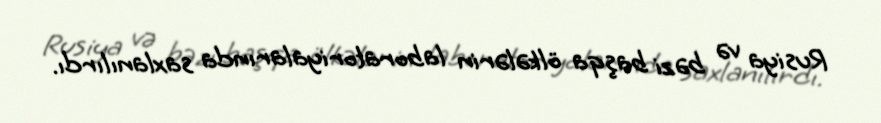
Rusiya və bəzi başqa ölkələrin laboratoriyalarında saxlanılırdı.